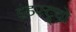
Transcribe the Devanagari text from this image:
इंडस्ट्र्यों